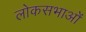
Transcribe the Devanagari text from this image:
लोकसभाओं